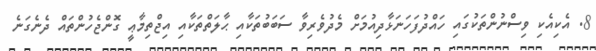
8. އެކިއެކި ވިސްނުންތަކުގައި ހައްދުފަހަނަޅާދިއުމަށް މެދުވެރިވާ ސަބަބުތަކާއި ޙާލަތްތަކާއި އިޖްތިމާޢީ ގޮންޖެހުންތައް ދެނެގަނެ